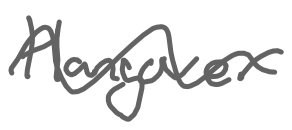
Text: Hangover
Cross-out: wave
Writing tool: digital_gray